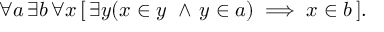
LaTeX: \forall a \, \exists b \, \forall x \, [ \, \exists y ( x \in y \, \, \land \, y \in a ) \implies x \in b \, ] .